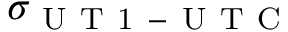
\sigma _ { \mathrm { ~ U ~ T ~ 1 ~ - ~ U ~ T ~ C ~ } }